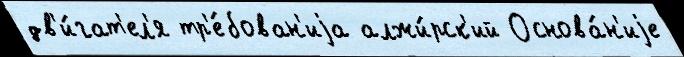
дв'и́гат'ел'я тр'е́бован'иjа алжи́рск'ий Основа́н'иjе